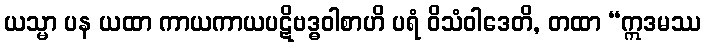
ယသ္မာ ပန ယထာ ကာယကာယပဋိဗဒ္ဓဝါစာဟိ ပရံ ဝိသံဝါဒေတိ, တထာ “ဣဒမဿ